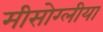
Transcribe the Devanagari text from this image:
मीसोग्लीया